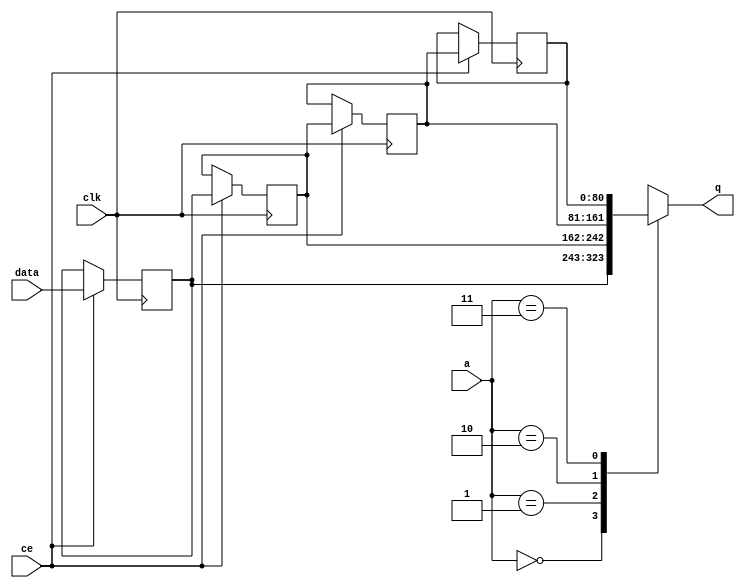
// ==============================================================
// Vivado(TM) HLS - High-Level Synthesis from C, C++ and SystemC v2019.2 (64-bit)
// Copyright 1986-2019 Xilinx, Inc. All Rights Reserved.
// ==============================================================

`timescale 1 ns / 1 ps

module fifo_w81_d4_A_shiftReg (
    clk,
    data,
    ce,
    a,
    q);

parameter DATA_WIDTH = 32'd81;
parameter ADDR_WIDTH = 32'd2;
parameter DEPTH = 3'd4;

input clk;
input [DATA_WIDTH-1:0] data;
input ce;
input [ADDR_WIDTH-1:0] a;
output [DATA_WIDTH-1:0] q;

reg[DATA_WIDTH-1:0] SRL_SIG [0:DEPTH-1];
integer i;

always @ (posedge clk)
    begin
        if (ce)
        begin
            for (i=0;i<DEPTH-1;i=i+1)
                SRL_SIG[i+1] <= SRL_SIG[i];
            SRL_SIG[0] <= data;
        end
    end

assign q = SRL_SIG[a];

endmodule

module fifo_w81_d4_A (
    clk,
    reset,
    if_empty_n,
    if_read_ce,
    if_read,
    if_dout,
    if_full_n,
    if_write_ce,
    if_write,
    if_din);

parameter MEM_STYLE   = "shiftreg";
parameter DATA_WIDTH  = 32'd81;
parameter ADDR_WIDTH  = 32'd2;
parameter DEPTH       = 3'd4;

input clk;
input reset;
output if_empty_n;
input if_read_ce;
input if_read;
output[DATA_WIDTH - 1:0] if_dout;
output if_full_n;
input if_write_ce;
input if_write;
input[DATA_WIDTH - 1:0] if_din;

wire[ADDR_WIDTH - 1:0] shiftReg_addr ;
wire[DATA_WIDTH - 1:0] shiftReg_data, shiftReg_q;
wire                     shiftReg_ce;
reg[ADDR_WIDTH:0] mOutPtr = ~{(ADDR_WIDTH+1){1'b0}};
reg internal_empty_n = 0;
reg internal_full_n = 1;

assign if_full_n = internal_full_n;
assign if_empty_n = internal_empty_n;
assign shiftReg_data = if_din;
assign if_dout = shiftReg_q;

always @ (posedge clk) begin
    if (reset == 1'b1)
    begin
        mOutPtr <= ~{ADDR_WIDTH+1{1'b0}};
        internal_empty_n <= 1'b0;
        internal_full_n <= 1'b1;
    end
    else begin
        if (((if_read & if_read_ce) == 1 & internal_empty_n == 1) && 
            ((if_write & if_write_ce) == 0 | internal_full_n == 0))
        begin
            mOutPtr <= mOutPtr - 3'd1;
            if (mOutPtr == 3'd0)
                internal_empty_n <= 1'b0;
            internal_full_n <= 1'b1;
        end 
        else if (((if_read & if_read_ce) == 0 | internal_empty_n == 0) && 
            ((if_write & if_write_ce) == 1 & internal_full_n == 1))
        begin
            mOutPtr <= mOutPtr + 3'd1;
            internal_empty_n <= 1'b1;
            if (mOutPtr == DEPTH - 3'd2)
                internal_full_n <= 1'b0;
        end 
    end
end

assign shiftReg_addr = mOutPtr[ADDR_WIDTH] == 1'b0 ? mOutPtr[ADDR_WIDTH-1:0]:{ADDR_WIDTH{1'b0}};
assign shiftReg_ce = (if_write & if_write_ce) & internal_full_n;

fifo_w81_d4_A_shiftReg 
#(
    .DATA_WIDTH(DATA_WIDTH),
    .ADDR_WIDTH(ADDR_WIDTH),
    .DEPTH(DEPTH))
U_fifo_w81_d4_A_ram (
    .clk(clk),
    .data(shiftReg_data),
    .ce(shiftReg_ce),
    .a(shiftReg_addr),
    .q(shiftReg_q));

endmodule